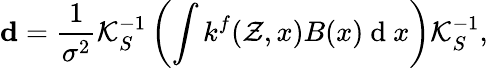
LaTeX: \mathbf{d}=\frac{1}{\sigma^{2}}\mathcal{K}_{S}^{-1}\left(\int k^{f}(\mathcal{Z},x)B(x)\mathrm{~d~}x\right)\mathcal{K}_{S}^{-1},